Report on horse surra - Volume II, Part I
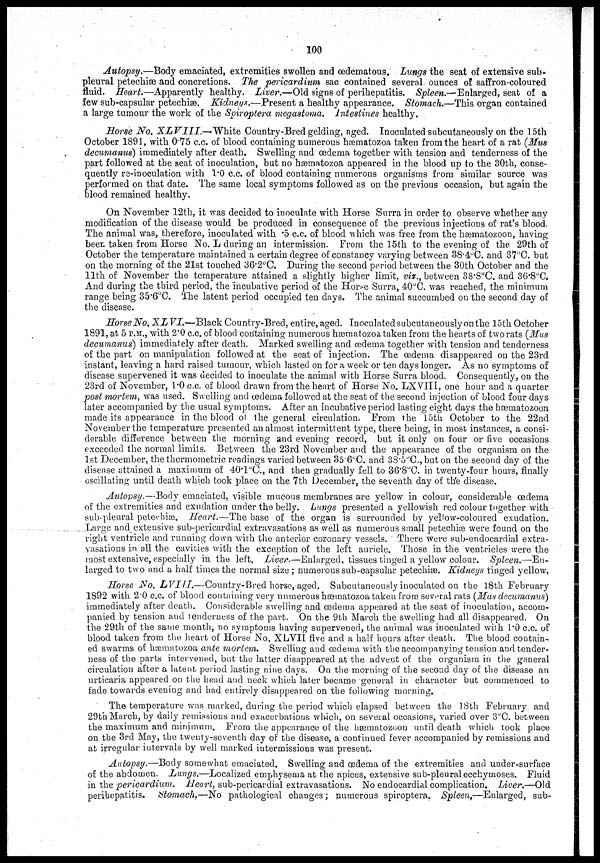
100
Autopsy.—Body emaciated, extremities swollen and œdematous. Lungs the seat of extensive sub-
pleural petechiæ and concretions. The pericardium sac contained several ounces of saffron-coloured
fluid. Heart.—Apparently
healthy. Liver.—Old signs of perihepatitis. Spleen.—Enlarged, seat of a
few sub-capsular petechiæ. Kidneys.—Present
a healthy appearance. Stomach.—This organ contained
a large tumour the work of the Spiroptera megastoma. Intestines healthy.
Horse No. XLVIII.—White
Country-Bred gelding, aged. Inoculated subcutaneously on the 15th
October 1891, with 0.75 c.c. of blood containing numerous hæmatozoa taken from the heart of a rat (Mus
decumanus) immediately after death. Swelling and œdema together with tension and tenderness of the
part followed at the seat of inoculation, but no hæmatozoa appeared in the blood up to the 30th, conse-
quently re-inoculation with 1.0 c.c. of blood containing numerous organisms from similar source was
performed on that date. The same local symptoms followed as on the previous occasion, but again the
blood remained healthy.
On November 12th, it was decided to inoculate with Horse Surra in order to observe whether any
modification of the disease would be produced in consequence of the previous injections of rat's blood.
The animal was, therefore, inoculated with .5 c.c. of blood which was free from the hæmatozoon, having
been taken from Horse No. L during an intermission. From the 15th to the evening of the 29th of
October the temperature maintained a certain degree of constancy varying between 38.4. o C. and 37°C. but
on the morning of the 21st touched 36.2°C. During the second period between the 30th October and the
11th of November the temperature attained a slightly higher limit, viz., between 38.8°C. and 36.8°C.
And during the third period, the incubative period of the Horse Surra, 40°C. was reached, the minimum
range being 35.6°C. The latent period occupied ten days. The animal succumbed on the second day of
the disease.
Horse No. XLVI.—Black
Country-Bred, entire, aged. Inoculated subcutaneously on the 15th October
1891, at 5 P.M., with 2.0 c.c. of blood containing numerous hæmatozoa taken from the hearts of two rats (Mus
decumanus) immediately after death. Marked swelling and œdema together with tension and tenderness
of the part on manipulation followed at the seat of injection. The œdema disappeared on the 23rd
instant, leaving a hard raised tumour, which lasted on for a week or ten days longer. As no symptoms of
disease supervened it was decided to inoculate the animal with Horse Surra blood. Consequently, on the
23rd of November, 1.0 c.c. of blood drawn from the heart of Horse No. LXVIII, one hour and a quarter
post mortem, was used. Swelling and œdema followed at the seat of the second injection of blood four days
later accompanied by the usual symptoms. After an incubative period lasting eight days the hæmatozoon
made its appearance in the blood of the general circulation. From the 15th October to the 22nd
November the temperature presented an almost intermittent type, there being, in most instances, a consi-
derable difference between the morning and evening record, but it only on four or five occasions
exceeded the normal limits. Between the 23rd November and the appearance of the organism on the
1st December, the thermometric readings varied between 35.6°C. and 38.5°C.,but on the second day of the
disease attained a maximum of 40.1°C., and then gradually fell to 36.8°C. in twenty-four hours, finally
oscillating until death which took place on the 7th December, the seventh day of the disease.
Autopsy.—Body emaciated, visible mucous membranes are yellow in colour, considerable œdema
of the extremities and exudation under the belly. Lungs presented a yellowish red colour together with
sub-pleural petechiæ. Heart.—The base of the organ is surrounded by yellow-coloured exudation.
Large and extensive sub-pericardial extravasations as well as numerous small petechiæ were found on the
right ventricle and running down with the anterior coronary vessels. There were sub-endocardial extra-
vasations in all the cavities with the exception of the left auricle. Those in the ventricles were the
most extensive, especially in the left. Liver.—Enlarged,
tissues tinged a yellow colour. Spleen.—En¬
larged to two and a half times the normal size; numerous sub-capsular petechiæ. Kidneys tinged yellow,
Horse No. LVIII.—Country-Bred
horse,aged. Subcutaneously inoculated on the 18th February
1892 with 2.0 c.c. of blood containing very numerous hæmatozoa taken from several rats (Mus decumanus)
immediately after death. Considerable swelling and œdema appeared at the seat of inoculation, accom¬
panied by tension and tenderness of the part. On the 9th March the swelling had all disappeared. On
the 29th of the same month, no symptoms having supervened, the animal was inoculated with 1.0 c.c. of
blood taken from the heart of Horse No. XLVII five and a half hours after death. The blood contain¬
ed swarms of hæmatozoa ante mortem.
Swelling and œdema with the accompanying tension and tender¬
ness of the parts intervened, but the latter disappeared at the advent of the organism in the general
circulation after a latent period lasting nine days. On the morning of the second day of the disease an
urticaria appeared on the head and neck which later became general in character but commenced to
fade towards evening and had entirely disappeared on the following morning.
The temperature was marked, during the period which elapsed between the 18th February and
29th March, by daily remissions and exacerbations which, on several occasions, varied over 3°C. between
the maximum and minimum. From the appearance of the hæmatozoon until death which took place
on the 3rd May, the twenty-seventh day of the disease, a continued fever accompanied by remissions and
at irregular intervals by well marked intermissions was present.
Autopsy.—Body somewhat emaciated. Swelling and œdema of the extremities and under-surface
of the abdomen. Lungs.—Localized emphysema at the apices, extensive sub-pleural ecchymoses. Fluid
in the pericardium.
Heart, sub-pericardial extravasations. No endocardial complication.
Liver.—Old
perihepatitis.
Stomach.—No pathological changes; numerous spiroptera. Spleen.—Enlarged,
sub¬